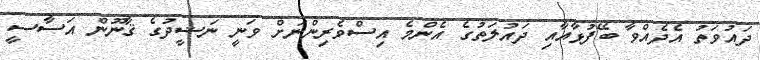
ދައުވަތު އެދެއްވާ ބޭފުޅާއާއި ދައުލަތުގެ އެންމެ އިސްވެރިންނަށް ވަނީ ނަޝީދުގެ ޤާނޫން އަސާސީ